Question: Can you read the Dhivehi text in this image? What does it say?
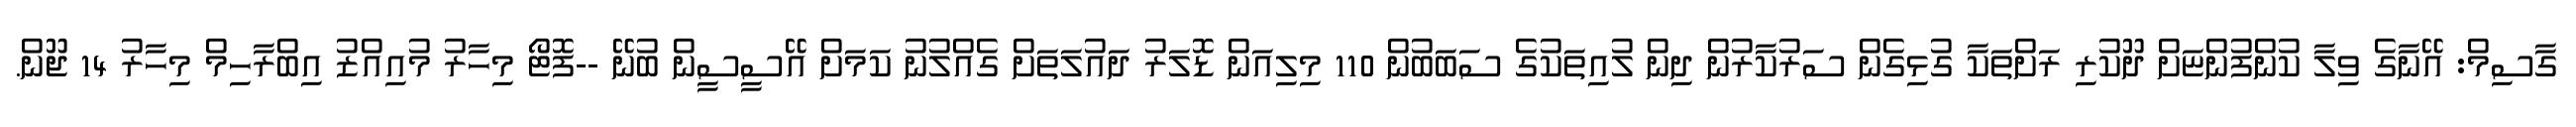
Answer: ގާސިމް: އޭނާގެ ވިލާ ކުންފުންޏަށް ދޫކުރި ރަށްތަކާ ގުޅިގެން ސަރުކާރުން ދިން ލުއިތަކުގެ ސަބަބުން 110 މިލިއަން ޑޮލަރު ދައުލަތަށް ގެއްލުނު ކަމަށް އޭސީސީން ބުނޭ --ފޮޓޯ މިހާރު މުއިއްޒު އިބްރާހިމް މިހާރު 14 ޖޫން.